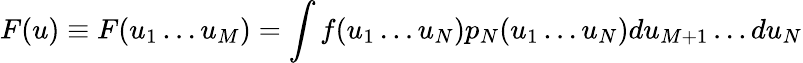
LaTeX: F(u)\equiv F(u_{1}\dots u_{M})=\int f(u_{1}\dots u_{N})p_{N}(u_{1}\dots u_{N})du_{M+1}\dots du_{N}